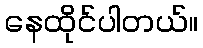
နေထိုင်ပါတယ်။